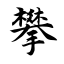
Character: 攀